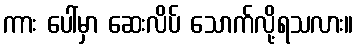
ကား ပေါ်မှာ ဆေးလိပ် သောက်လို့ရသလား။